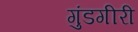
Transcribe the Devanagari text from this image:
गुंडगीरी